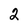
Character: 2